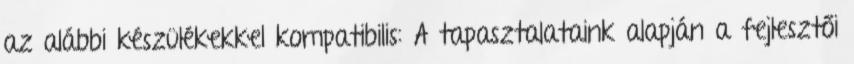
az alábbi készülékekkel kompatibilis: A tapasztalataink alapján a fejlesztői